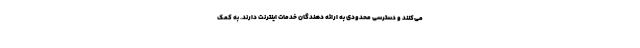
می‌کنند و دسترسی محدودی به ارائه دهندگان خدمات اینترنت دارند. به کمک